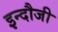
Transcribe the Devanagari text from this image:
इन्दौजी